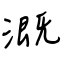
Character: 溉